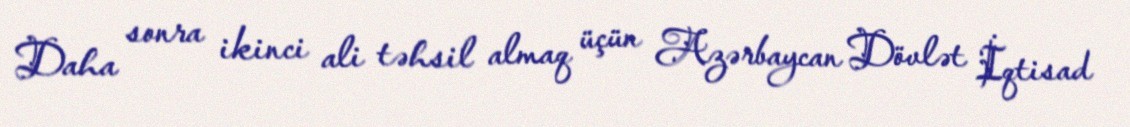
Daha sonra ikinci ali təhsil almaq üçün Azərbaycan Dövlət İqtisad